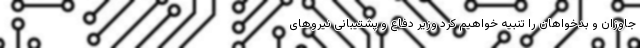
جاوزان و بدخواهان را تنبیه خواهیم کرد وزیر دفاع و پشتیبانی نیروهای